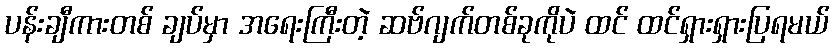
ပန်းချီကားတစ် ချပ်မှာ အရေးကြီးတဲ့ ဆဗ်ဂျက်တစ်ခုကိုပဲ ထင် ထင်ရှားရှားပြရမယ်